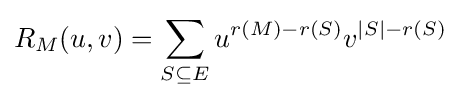
R_{M}(u,v)=\sum _{S\subseteq E}u^{r(M)-r(S)}v^{|S|-r(S)}